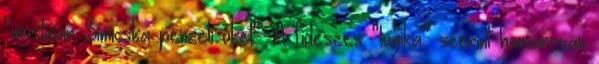
"mostmar Simicska penzeli oket". A fideszes "logika" szerint hamarosan